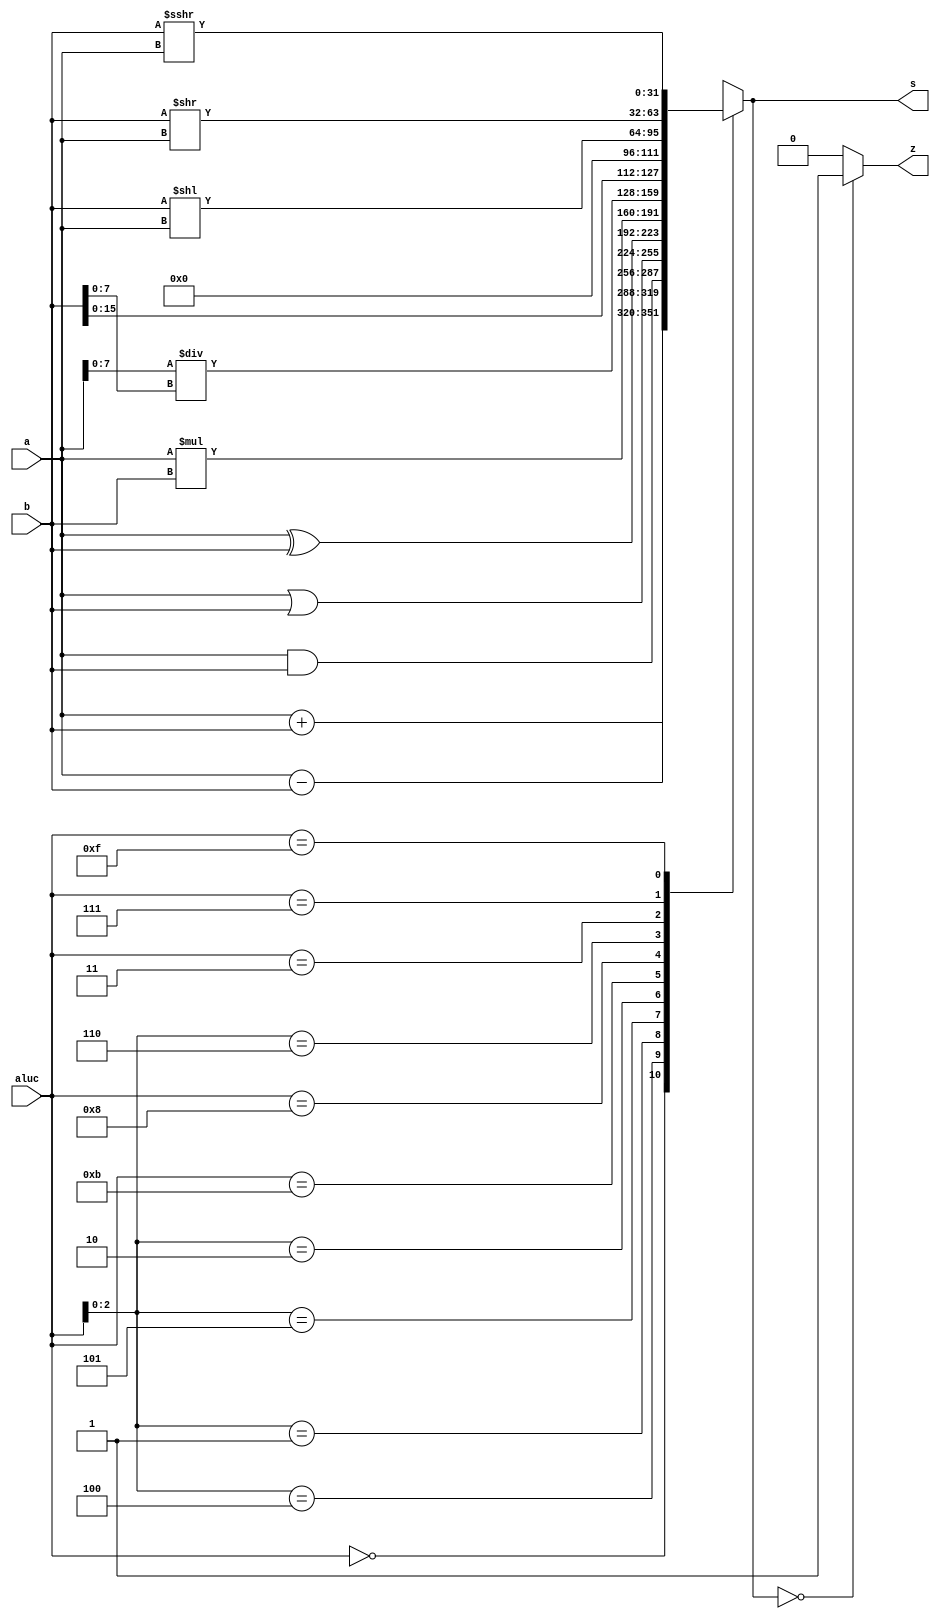
module alu (a,b,aluc,s,z);
   input [31:0] a,b;
   input [3:0] aluc;
   output [31:0] s;
   output        z;
   reg [31:0] s;
   reg        z;
   always @ (a or b or aluc) 
      begin                                   // event
         casex (aluc)
             4'b0000: s = a + b;              //0000 ADD
             4'bx100: s = a - b;              //x100 SUB
             4'bx001: s = a & b;	          //x001 AND
             4'bx101: s = a | b;              //x101 OR
             4'bx010: s = a ^ b;              //x010 XOR
             4'b1011: s = a * b;              //1011 MUL
             4'b1000: s = a[7:0] / b[7:0];    //1000 DIV
             4'bx110: s = b << 16;            //x110 LUI: imm << 16bit             
             4'b0011: s = b << a;             //0011 SLL: rd <- (rt << sa)
             4'b0111: s = b >> a;             //0111 SRL: rd <- (rt >> sa) (logical)
             4'b1111: s = $signed(b) >>> a;   //1111 SRA: rd <- (rt >> sa) (arithmetic)
             default: s = 0;
         endcase
         if (s == 0 )  z = 1;
            else z = 0;         
      end      
endmodule